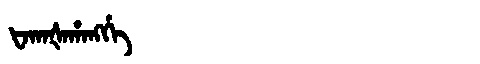
Manchu: ᡶᠠᡴᠠᡧᠠᡥᠠᠩᡤᡝ
Romanization: FAKAŠAHANGGE